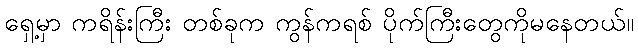
ရှေ့မှာ ကရိန်းကြီး တစ်ခုက ကွန်ကရစ် ပိုက်ကြီးတွေကိုမနေတယ်။